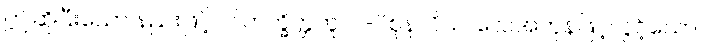
ဤဆိုပြီးသော နည်းဖြင့်။ ဝါတက္ခိတ္တတူလ-ပိစုနာဝိယ၊ လေအဟုန်ဖြင့်လွင့်သော